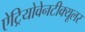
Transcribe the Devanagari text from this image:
ऐट्रियोवेनटीक्यूलर